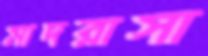
মাদরাসা